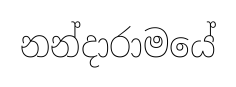
නන්දාරාමයේ